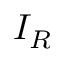
I _ { R }